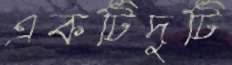
একটিদুটি